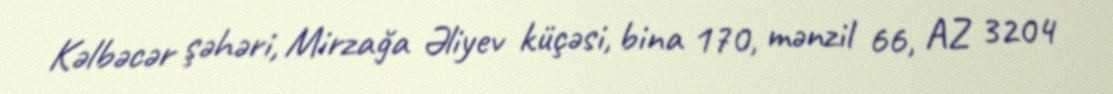
Kəlbəcər şəhəri, Mirzağa Əliyev küçəsi, bina 170, mənzil 66, AZ 3204